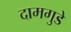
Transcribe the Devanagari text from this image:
दामगुडे